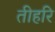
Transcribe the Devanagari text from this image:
तीहरि